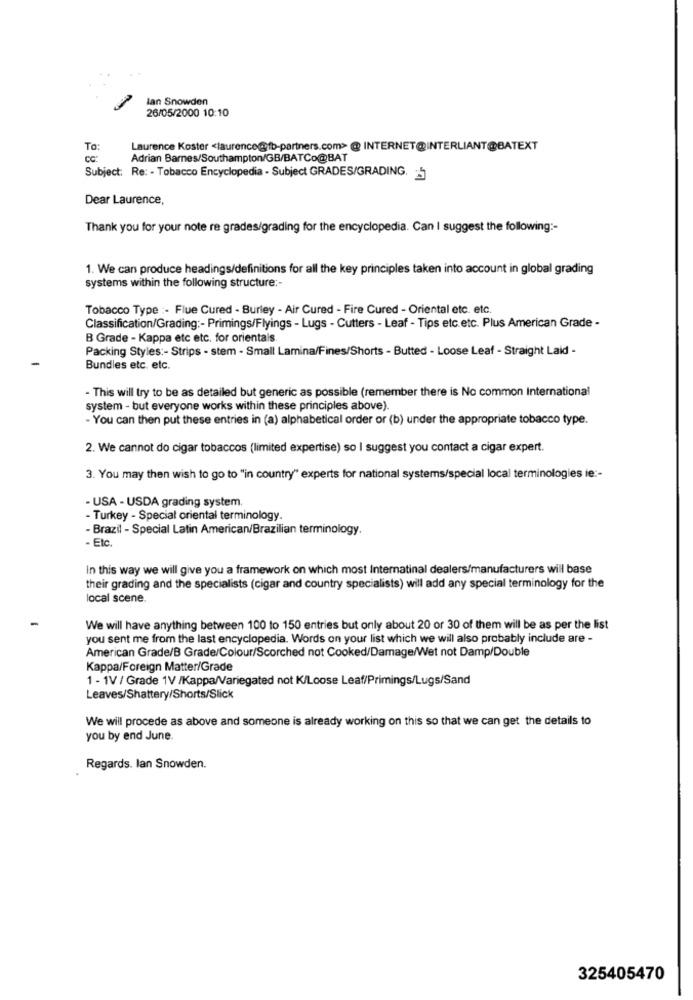
lan Snowden
26/05/2000 10:10
To:
Laurence Koster <laurence@fb-partners.com> @ INTERNET@INTERLIANT@BATEXT
CC:
Adrian Barnes/Southampton/GB/BATCo@BAT
Subject: Re: - Tobacco Encyclopedia - Subject GRADES/GRADING.
Dear Laurence,
Thank you for your note re grades/grading for the encyclopedia. Can I suggest the following :-
1. We can produce headings/definitions for all the key principles taken into account in global grading
systems within the following structure :-
Tobacco Type :- Flue Cured - Burley - Air Cured - Fire Cured - Oriental etc. etc.
Classification/Grading :- Primings/Flyings - Lugs - Cutters - Leaf - Tips etc.etc. Plus American Grade -
B Grade - Kappa etc etc. for orientals.
Packing Styles :- Strips - stem - Small Lamina/Fines/Shorts - Butted - Loose Leaf - Straight Laid -
Bundles etc. etc.
- This will try to be as detailed but generic as possible (remember there is No common International
system - but everyone works within these principles above).
- You can then put these entries in (a) alphabetical order or (b) under the appropriate tobacco type.
2. We cannot do cigar tobaccos (limited expertise) so I suggest you contact a cigar expert.
3. You may then wish to go to "in country" experts for national systems/special local terminologies ie :-
- USA - USDA grading system.
- Turkey - Special oriental terminology.
- Brazil - Special Latin American/Brazilian terminology,
- Etc.
In this way we will give you a framework on which most Internatinal dealers/manufacturers will base
their grading and the specialists (cigar and country specialists) will add any special terminology for the
local scene.
We will have anything between 100 to 150 entries but only about 20 or 30 of them will be as per the list
you sent me from the last encyclopedia. Words on your list which we will also probably include are -
American Grade/B Grade/Colour/Scorched not Cooked/Damage/Wet not Damp/Double
Kappa/Foreign Matter/Grade
1 - 1V / Grade 1V /Kappa/Variegated not K/Loose Leaf/Primings/Lugs/Sand
Leaves/Shattery/Shorts/Slick
We will procede as above and someone is already working on this so that we can get the details to
you by end June
Regards. lan Snowden.
325405470